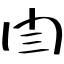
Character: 閆